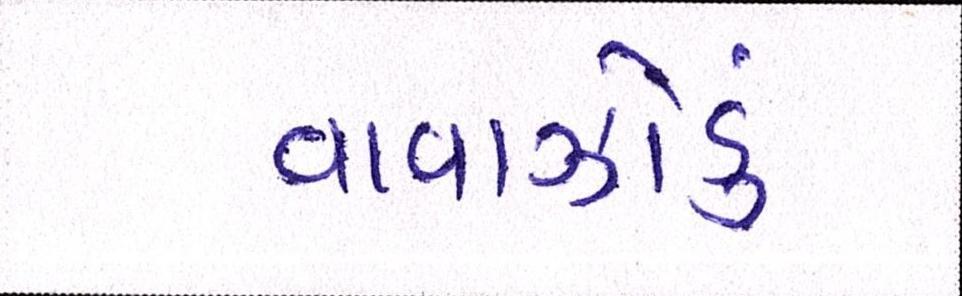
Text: વાવાઝોડું